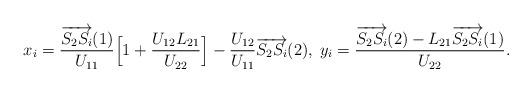
LaTeX: \begin{align*}x_i = \frac{\overrightarrow{S_2 S_i}(1)}{U_{1 1}}\Big[1+ \frac{U_{1 2} L_{2 1}}{U_{2 2}} \Big]-\frac{U_{1 2}}{U_{1 1}} \overrightarrow{S_2 S_i}(2),\;y_i = \frac{\overrightarrow{S_2 S_i}(2)- L_{2 1} \overrightarrow{S_2 S_i}(1)}{U_{22}}.\end{align*}